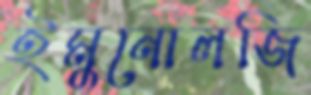
ইমুনোলজি